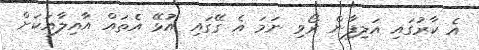
އެ ކާރުގައި އަލިފާން ރޯވި ނަމަ އެ ގޭގައި އުޅޭ އެތައް އާއިލާއަކަށް